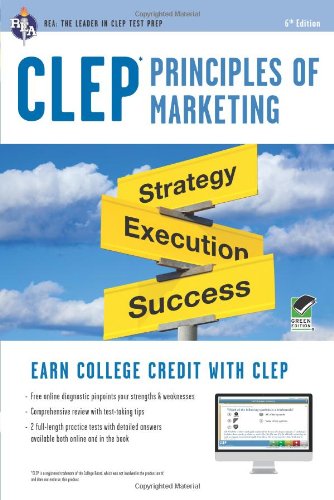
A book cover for CLEPÂ® Principles of Marketing Book + Online (CLEP Test Preparation); James E. Finch; Test Preparation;